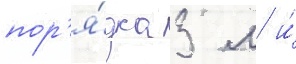
пор'я́дка 3 м и́